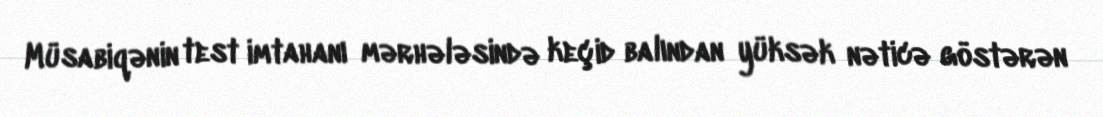
Müsabiqənin test imtahanı mərhələsində keçid balından yüksək nəticə göstərən